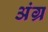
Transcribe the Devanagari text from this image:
अंग्र